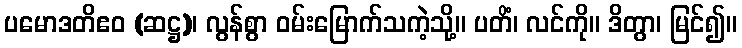
ပမောဒတိဧဝ (ဆဋ္ဌ)၊ လွန်စွာ ဝမ်းမြောက်သကဲ့သို့။ ပတိံ၊ လင်ကို။ ဒိတွာ၊ မြင်၍။